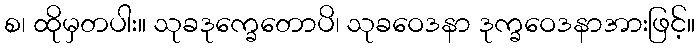
စ၊ ထိုမှတပါး။ သုခဒုက္ခေတောပိ၊ သုခဝေဒနာ ဒုက္ခဝေဒနာအားဖြင့်။